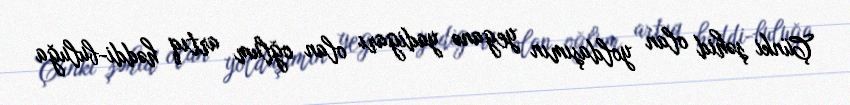
Çünki şəhid olan yoldaşımın yeganə yadigarı olan oğlum artıq həddi-buluğa